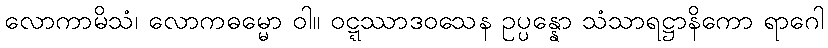
လောကာမိသံ၊ လောကဓမ္မော ဝါ။ ဝဋ္ဋဿာဒဝသေန ဥပ္ပန္နော သံသာရဋ္ဌာနိကော ရာဂေါ